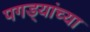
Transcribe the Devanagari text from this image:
पगड्यांच्या